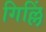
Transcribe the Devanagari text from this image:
गिल्लिं